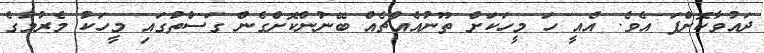
ދައުވާކޮށްފަ އެވެ. އެއީ ހަ މީހަކަށް ތޫނުއެއްޗެއް ބޭނުންކޮށްގެން ގަސްތުގައި މީހަކު މެރުމުގެ